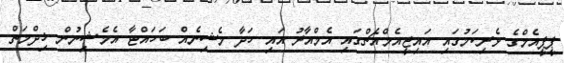
ޕީޕީއެމްގެ ވެރިކަމުގައި އައިޖީއެމްއެޗްގައި އެމްއާރު އައި ހަދާ މެޝިނެއް ބަހައްޓާ އެމެޝިނުން ޚިދްމަތް